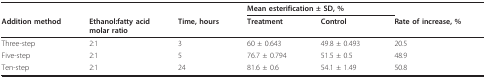
|  |  |  | <COLSPAN=2> Mean esterification ± SD, % |  |
 | Addition method | Ethanol:fatty acidmolar ratio | Time, hours | Treatment | Control | Rate of increase, % |
 | --- | --- | --- | --- | --- | --- |
 | Three-step | 2:1 | 3 | 60 ± 0.643 | 49.8 ± 0.493 | 20.5 |
 | Five-step | 2:1 | 5 | 76.7 ± 0.794 | 51.5 ± 0.5 | 48.9 |
 | Ten-step | 2:1 | 24 | 81.6 ± 0.6 | 54.1 ± 1.49 | 50.8 |